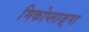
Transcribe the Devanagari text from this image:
मिकोप्लाज़्मा